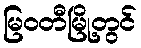
မြဝတီမြို့တွင်